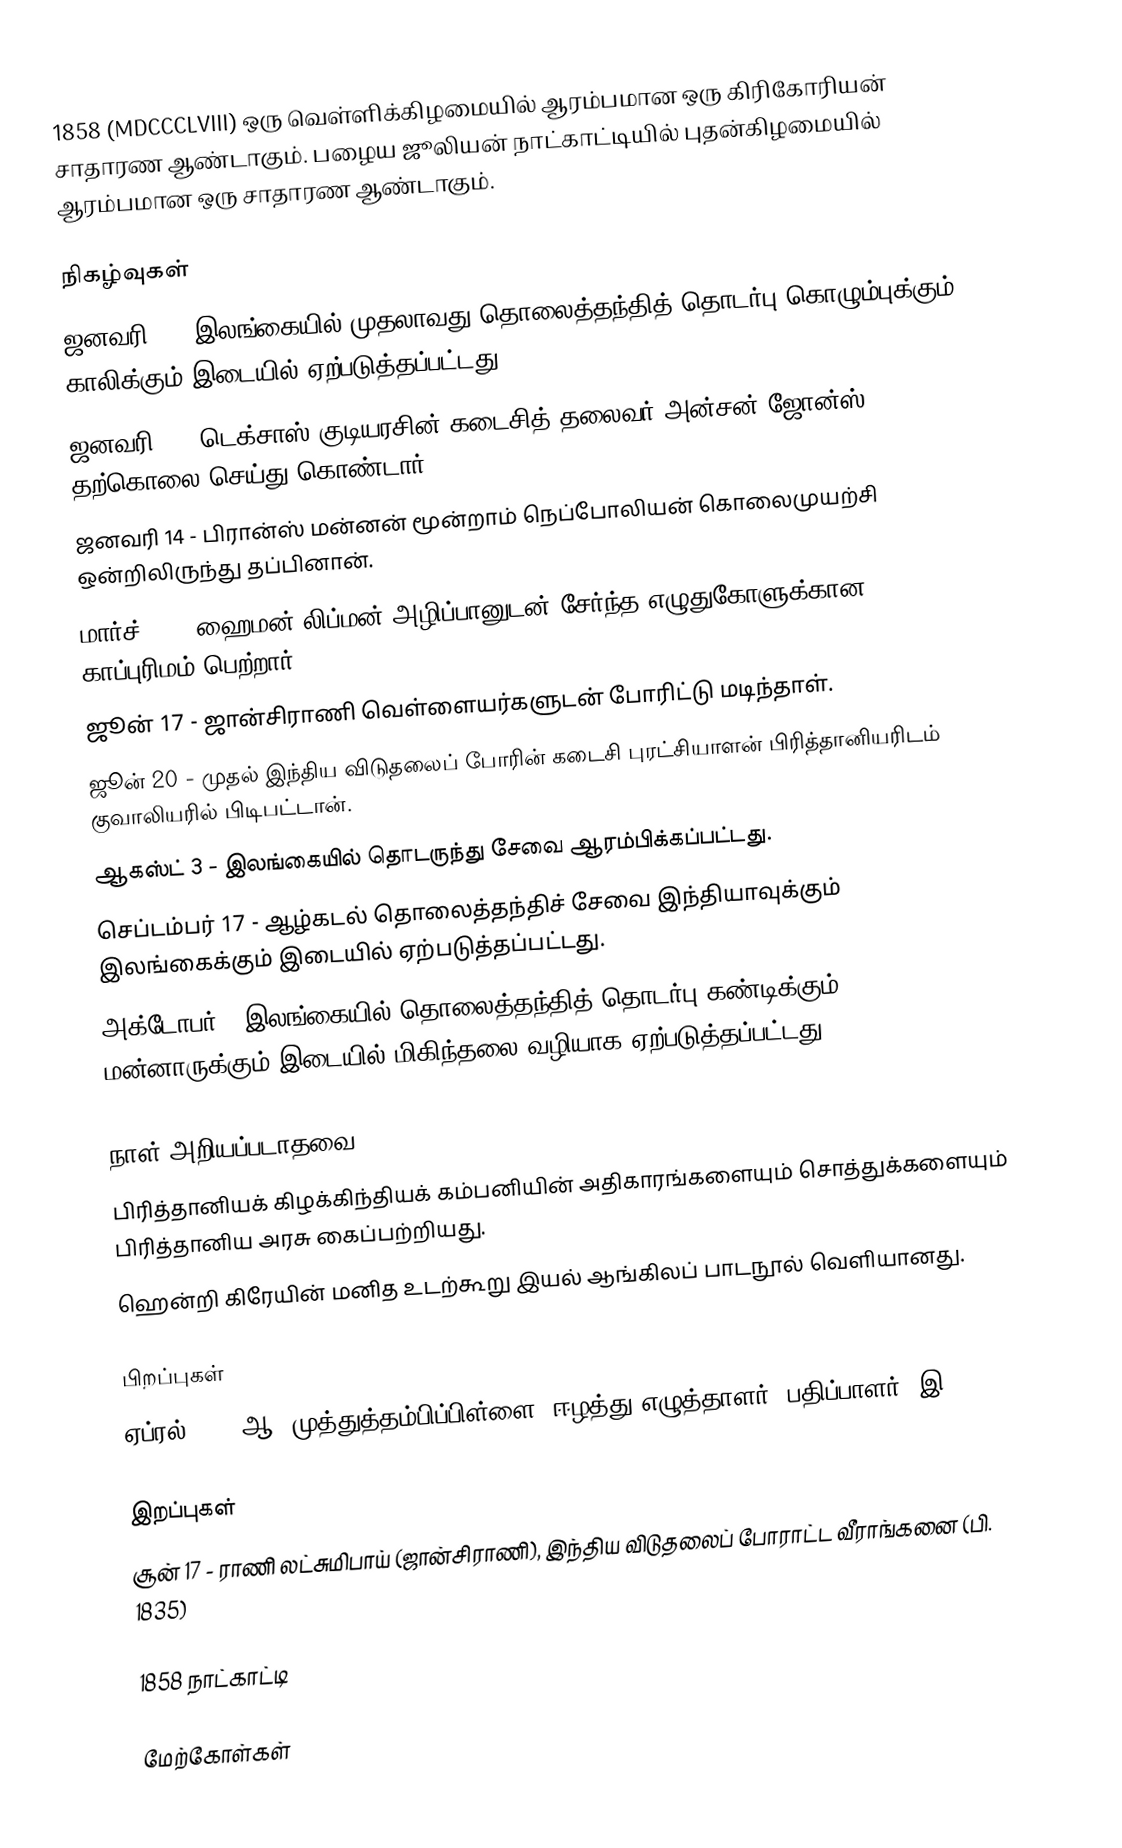
1858 (MDCCCLVIII) ஒரு வெள்ளிக்கிழமையில் ஆரம்பமான ஒரு கிரிகோரியன் சாதாரண ஆண்டாகும். பழைய ஜூலியன் நாட்காட்டியில் புதன்கிழமையில் ஆரம்பமான ஒரு சாதாரண ஆண்டாகும்.

நிகழ்வுகள்
 ஜனவரி 1 - இலங்கையில் முதலாவது தொலைத்தந்தித் தொடர்பு கொழும்புக்கும் காலிக்கும் இடையில் ஏற்படுத்தப்பட்டது.
 ஜனவரி 9 - டெக்சாஸ் குடியரசின் கடைசித் தலைவர் அன்சன் ஜோன்ஸ் தற்கொலை செய்து கொண்டார்.
 ஜனவரி 14 - பிரான்ஸ் மன்னன் மூன்றாம் நெப்போலியன் கொலைமுயற்சி ஒன்றிலிருந்து தப்பினான்.
 மார்ச் 30 - ஹைமன் லிப்மன் அழிப்பானுடன் சேர்ந்த எழுதுகோளுக்கான காப்புரிமம் பெற்றார்.
 ஜூன் 17 - ஜான்சிராணி வெள்ளையர்களுடன் போரிட்டு மடிந்தாள்.
 ஜூன் 20 - முதல் இந்திய விடுதலைப் போரின் கடைசி புரட்சியாளன் பிரித்தானியரிடம் குவாலியரில் பிடிபட்டான்.
 ஆகஸ்ட் 3 - இலங்கையில் தொடருந்து சேவை ஆரம்பிக்கப்பட்டது.
 செப்டம்பர் 17 - ஆழ்கடல் தொலைத்தந்திச் சேவை இந்தியாவுக்கும் இலங்கைக்கும் இடையில் ஏற்படுத்தப்பட்டது.
 அக்டோபர் - இலங்கையில் தொலைத்தந்தித் தொடர்பு கண்டிக்கும் மன்னாருக்கும் இடையில் மிகிந்தலை வழியாக ஏற்படுத்தப்பட்டது.

நாள் அறியப்படாதவை
 பிரித்தானியக் கிழக்கிந்தியக் கம்பனியின் அதிகாரங்களையும் சொத்துக்களையும் பிரித்தானிய அரசு கைப்பற்றியது.
 ஹென்றி கிரேயின் மனித உடற்கூறு இயல் ஆங்கிலப் பாடநூல் வெளியானது.

பிறப்புகள்
 ஏப்ரல் 18 - ஆ. முத்துத்தம்பிப்பிள்ளை, ஈழத்து எழுத்தாளர், பதிப்பாளர் (இ. 1917)

இறப்புகள்
 சூன் 17 - ராணி லட்சுமிபாய் (ஜான்சிராணி), இந்திய விடுதலைப் போராட்ட வீராங்கனை (பி. 1835)

1858 நாட்காட்டி

மேற்கோள்கள்